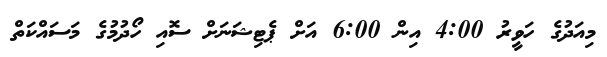
މިއަދުގެ ހަވީރު 4:00 އިން 6:00 އަށް ޕެޓިޝަނަށް ސޮއި ހޯދުމުގެ މަސައްކަތް